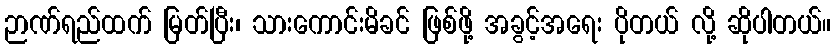
ဉာဏ်ရည်ထက် မြတ်ပြီး၊ သားကောင်းမိခင် ဖြစ်ဖို့ အခွင့်အရေး ပိုတယ် လို့ ဆိုပါတယ်။